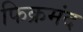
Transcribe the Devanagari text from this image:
फिक्रमंद